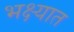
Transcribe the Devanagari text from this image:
भक्ष्यात